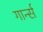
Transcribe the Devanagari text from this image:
गार्न्स